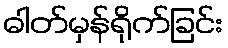
ဓါတ်မှန်ရိုက်ခြင်း